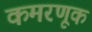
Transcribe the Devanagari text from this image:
कमरणूक